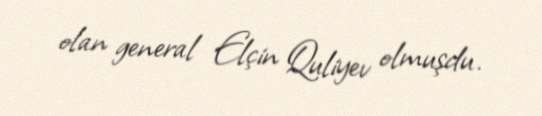
olan general Elçin Quliyev olmuşdu.